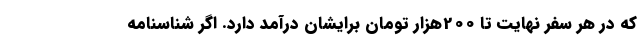
که در هر سفر نهایت تا 200هزار تومان برایشان درآمد دارد. اگر شناسنامه